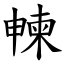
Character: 朄